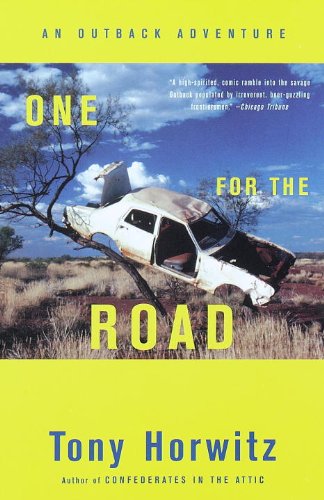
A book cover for One for the Road: Revised Edition; Tony Horwitz; Travel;